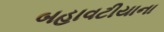
બહાવટીયાના